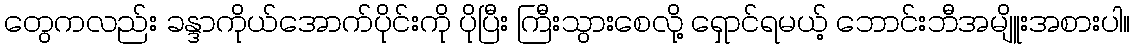
တွေကလည်း ခန္ဒာကိုယ်အောက်ပိုင်းကို ပိုပြီး ကြီးသွားစေလို့ ရှောင်ရမယ့် ဘောင်းဘီအမျိူးအစားပါ။